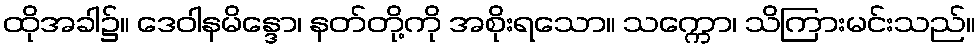
ထိုအခါ၌။ ဒေဝါနမိန္ဒော၊ နတ်တို့ကို အစိုးရသော။ သက္ကော၊ သိကြားမင်းသည်။